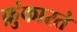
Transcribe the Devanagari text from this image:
फ़ुंकारते